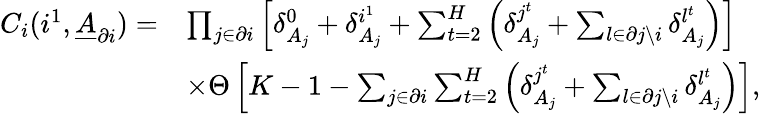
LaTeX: \begin{array}{rl}{C_{i}(i^{1},\underline{{A}}_{\partial i})=}&{\prod_{j\in\partial i}\left[\delta_{A_{j}}^{0}+\delta_{A_{j}}^{i^{1}}+\sum_{t=2}^{H}\left(\delta_{A_{j}}^{j^{t}}+\sum_{l\in\partial j\backslash i}\delta_{A_{j}}^{l^{t}}\right)\right]}\\ &{\times\Theta\left[K-1-\sum_{j\in\partial i}\sum_{t=2}^{H}\left(\delta_{A_{j}}^{j^{t}}+\sum_{l\in\partial j\backslash i}\delta_{A_{j}}^{l^{t}}\right)\right],}\end{array}